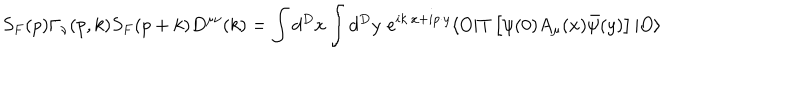
S _ { F } ( p ) \Gamma _ { \nu } ( p , k ) S _ { F } ( p + k ) D ^ { \mu \nu } ( k ) = \int d ^ { D } x \int d ^ { D } y \, \, e ^ { i k \cdot x + i p \cdot y } \langle O \vert T \left[ \psi ( 0 ) A _ { \mu } ( x ) \bar { \psi } ( y ) \right] \vert O \rangle